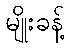
မျိုးခန့်